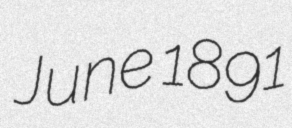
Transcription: June 1891